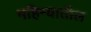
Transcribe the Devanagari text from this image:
महिन्‍यातील